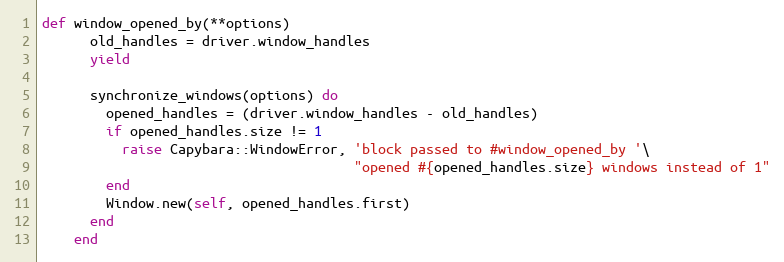
Language: Ruby
def window_opened_by(**options)
      old_handles = driver.window_handles
      yield

      synchronize_windows(options) do
        opened_handles = (driver.window_handles - old_handles)
        if opened_handles.size != 1
          raise Capybara::WindowError, 'block passed to #window_opened_by '\
                                       "opened #{opened_handles.size} windows instead of 1"
        end
        Window.new(self, opened_handles.first)
      end
    end